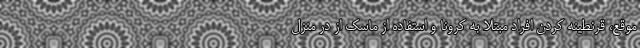
موقع، قرنطینه کردن افراد مبتلا به کرونا و استفاده از ماسک از در منزل